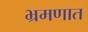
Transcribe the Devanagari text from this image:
भ्रमणात